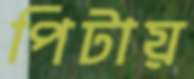
পিটায়